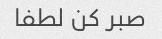
صبر کن لطفا